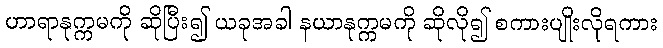
ဟာရာနုက္ကမကို ဆိုပြီး၍ ယခုအခါ နယာနုက္ကမကို ဆိုလို၍ စကားပျိုးလိုရကား